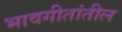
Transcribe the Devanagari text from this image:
भावगीतांतील